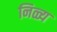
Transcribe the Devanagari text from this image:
निळ्य